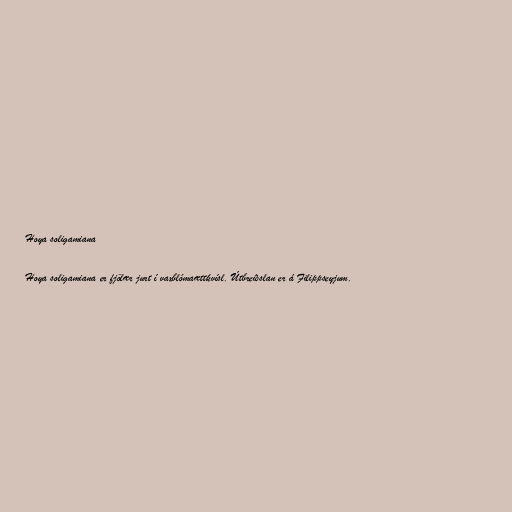
Hoya soligamiana

Hoya soligamiana er fjölær jurt í vaxblómaættkvísl. Útbreiðslan er á Filippseyjum.